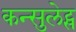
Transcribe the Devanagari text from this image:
कन्सुलेट्स